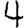
Digit: 4